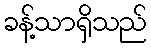
ခန့်သာရှိသည်